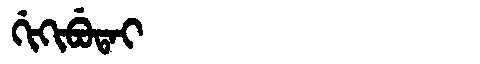
Manchu: ᡤᡳᡴᡳᠪᡠᡨᠠᡳ
Romanization: GIKIBUTAI